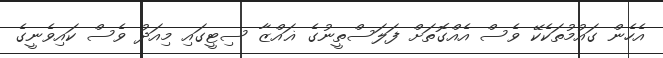
އެހެން ގައުމުތަކެކޭ ވެސް އެއްގޮތަށް ފަލަސްތީނުގެ ޣައްޒާ ސިޓީގައި މިއަދު ވެސް ކައިވެނީގެ